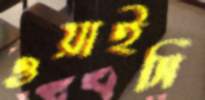
ওয়াইসি